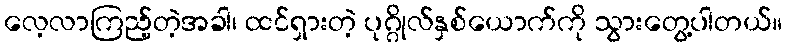
လေ့လာကြည့်တဲ့အခါ၊ ထင်ရှားတဲ့ ပုဂ္ဂိုလ်နှစ်ယောက်ကို သွားတွေ့ပါတယ်။